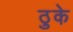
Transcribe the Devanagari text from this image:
ठुके